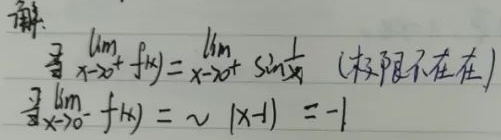
解：\(\lim_{x\to0^{+}}f(x)=\lim_{x\to0^{+}}\sin\frac{1}{x}\)（极限不存在）
\(\lim_{x\to0^{-}}f(x)=\sqrt{|x - 1|}\)，（注：此处\(\sqrt{|x - 1|}\)在\(x\to0^{-}\)时值应该是非负的，原手写内容可能有误，\(\lim_{x\to0^{-}}\sqrt{|x - 1|}=\sqrt{|0 - 1|}=1\) ）